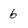
Character: 6